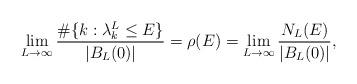
LaTeX: \begin{align*} \displaystyle\lim_{L\to\infty} \frac{\#\{k:\lambda_k^L\le E\}}{|B_L(0)|}=\rho(E)=\lim_{L\to\infty} \frac {N_L(E)}{|B_L(0)|}, \end{align*}